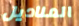
المناديل